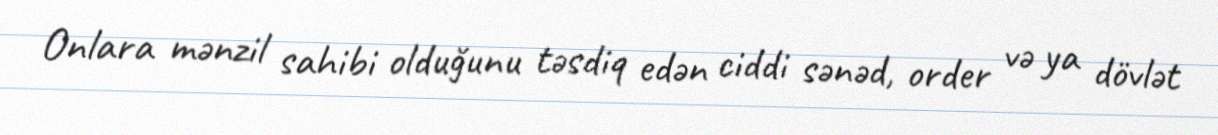
Onlara mənzil sahibi olduğunu təsdiq edən ciddi sənəd, order və ya dövlət